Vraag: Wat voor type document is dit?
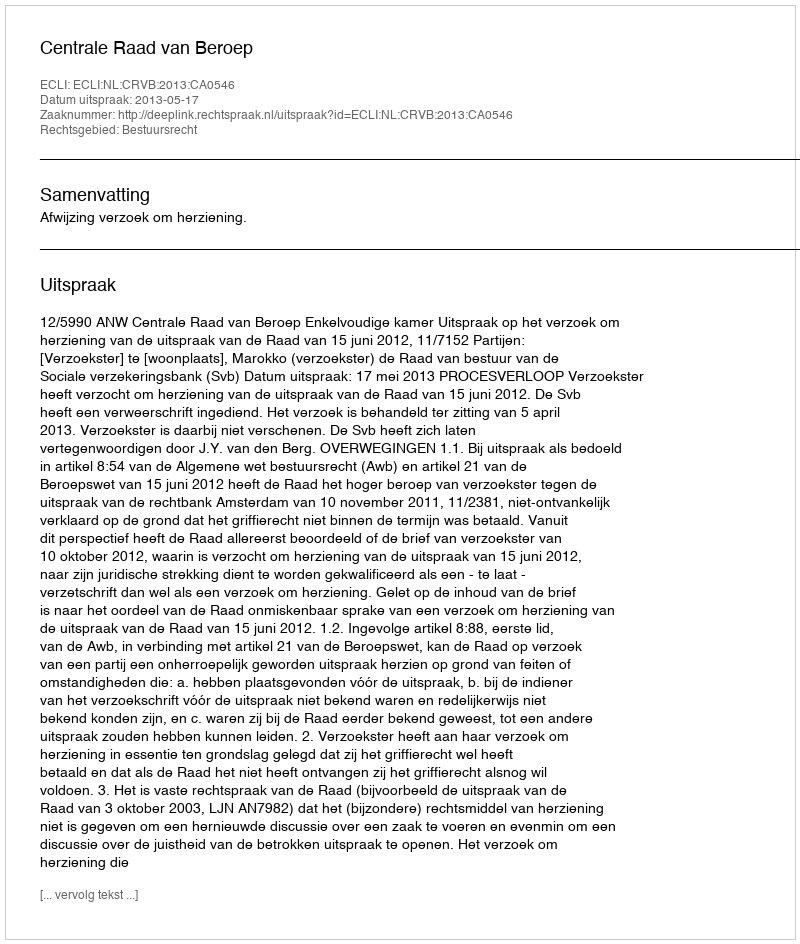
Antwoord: Uitspraak